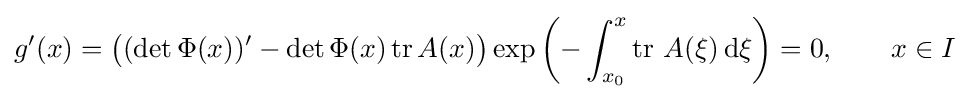
g'(x)={\bigl (}(\det \Phi (x))'-\det \Phi (x)\,\mathrm {tr} \,A(x){\bigr )}\exp \left(-\int _{x_{0}}^{x}\operatorname {tr} \,A(\xi )\,{\textrm {d}}\xi \right)=0,\qquad x\in I